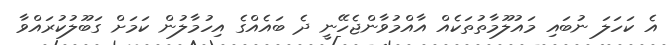
އެ ކަހަލަ ނުބައި މައުލޫމާތުތަކެއް އާއްމުވާންޖެހޭނީ ދެ ބައެއްގެ އިހުމާލުން ކަމަށް ގަބޫލުކުރައްވާ